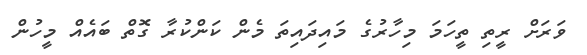
ވަރަށް ރީތި ތީހަމަ މިހާރުގެ މައިދައިތަ މެން ކަންކުރާ ގޮތް ބައެއް މީހުން